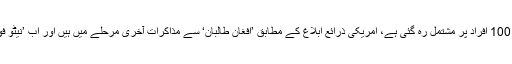
امریکی دوستوں کے اپنے خیال کے مطابق ’القاعدہ‘ اب صرف 100 افراد پر مشتمل رہ گئی ہے، امریکی ذرائع ابلاغ کے مطابق ’افغان طالبان‘ سے مذاکرات آخری مرحلے میں ہیں اور اب ’نیٹو فورسز‘ افغان طالبان کے سائے میں محفوظ اور مامون رہیں گی!